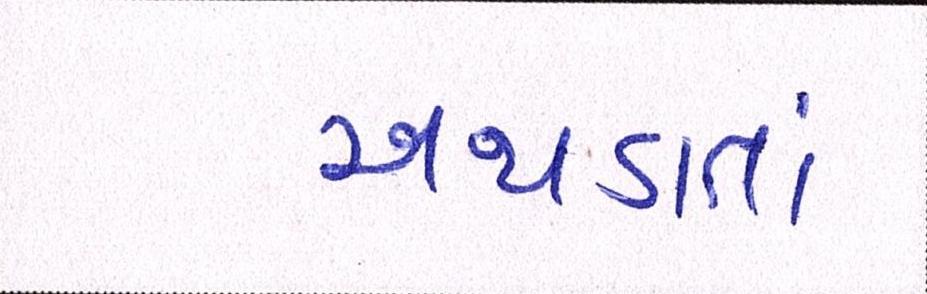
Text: અથડાતાં